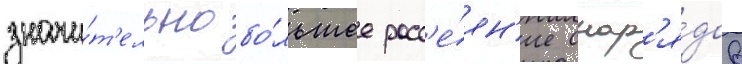
значи́т'ельно бо́льшее расс'е́ян'ие снар'я́дов